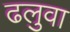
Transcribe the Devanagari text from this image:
ढलुवा